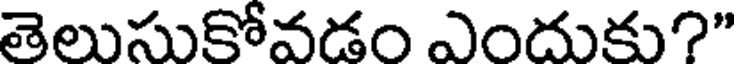
తెలుసుకోవడం ఎందుకు?"